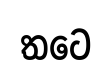
තටෙ